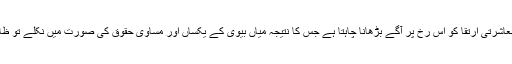
اگر شوہر کو حاصل ایک درجے کی بالادستی مخصوص سماجی صورت حال پر مبنی تھی اور قرآن دراصل معاشرتی ارتقا کو اس رخ پر آگے بڑھانا چاہتا ہے جس کا نتیجہ میاں بیوی کے یکساں اور مساوی حقوق کی صورت میں نکلے تو ظاہر ہے کہ اس بالادستی کے تمام مظاہر اور نتائج کو اس صورت حال میں تبدیلی کے ساتھ ختم ہو جانا چاہیے۔